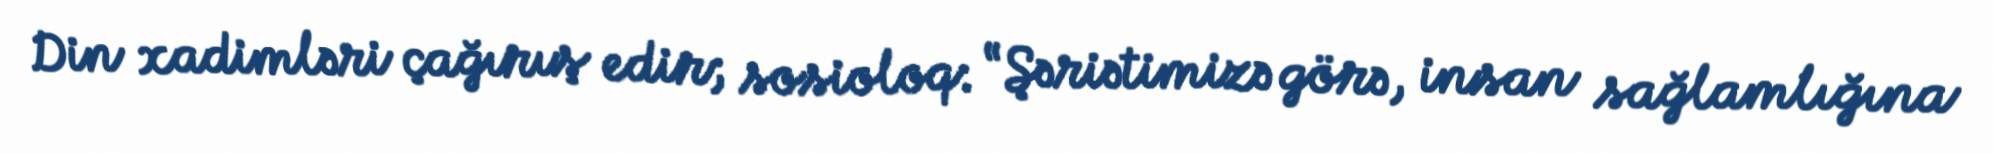
Din xadimləri çağırış edir; sosioloq: “Şəriətimizə görə, insan sağlamlığına